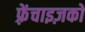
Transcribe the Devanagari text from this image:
फ़्रेंचाइज़को